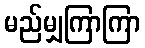
မည်မျှကြာကြာ